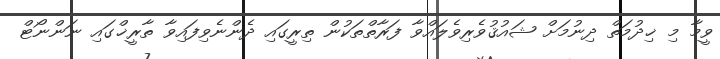
ވީމާ މި ޚިދުމަތް ދިނުމަށް ޝައުޤުވެރިވެލައްވާ ފަރާތްތަކުން ތިރީގައި ދެންނެވިފައިވާ ތާރީޚްގައި ނަންނޯޓް